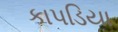
કાપડિયા